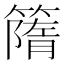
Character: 𥳔